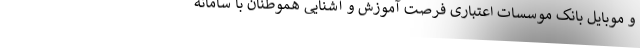
و موبایل بانک موسسات اعتباری فرصت آموزش و آشنایی هموطنان با سامانه